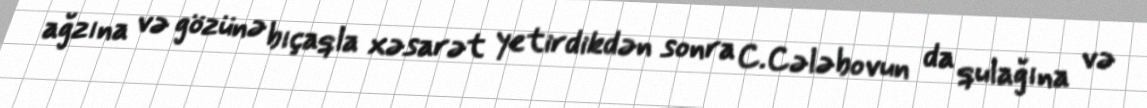
ağzına və gözünə bıçaqla xəsarət yetirdikdən sonra C.Cələbovun da qulağına və